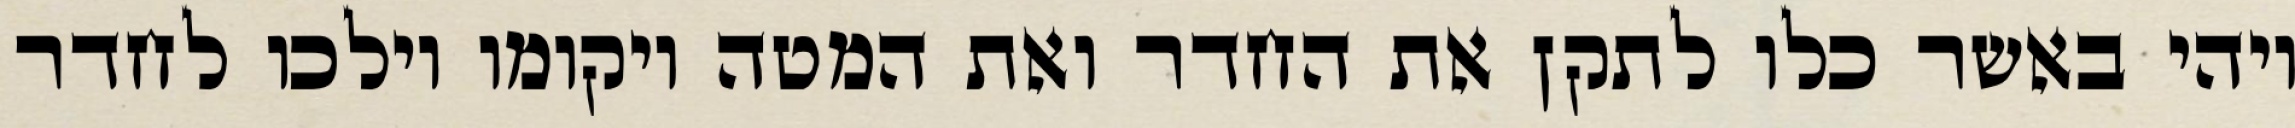
ויהי באשר כלו לתקן את החדר ואת המטה ויקומו וילכו לחדר